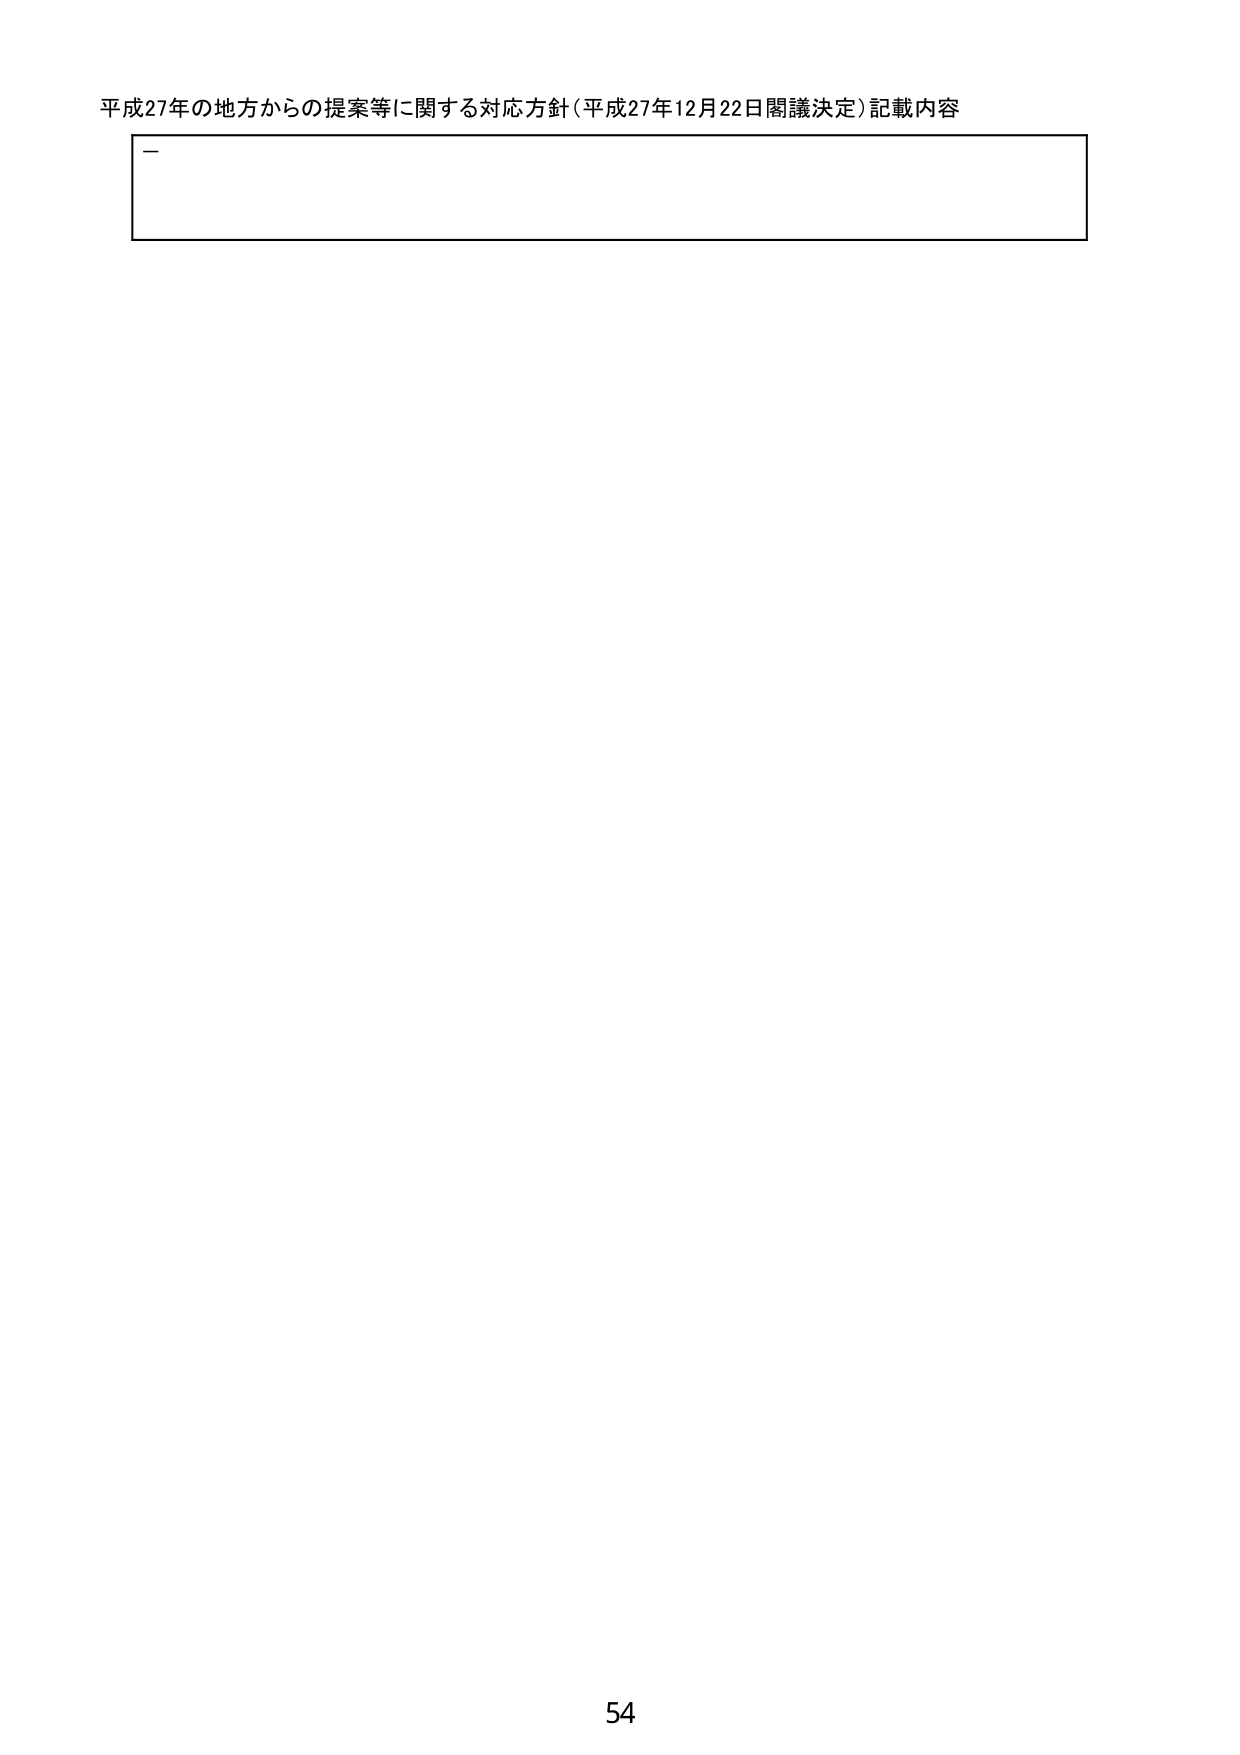
平成27年の地方からの提案等に関する対応方針（平成27年12月22日閣議決定）記載内容

54